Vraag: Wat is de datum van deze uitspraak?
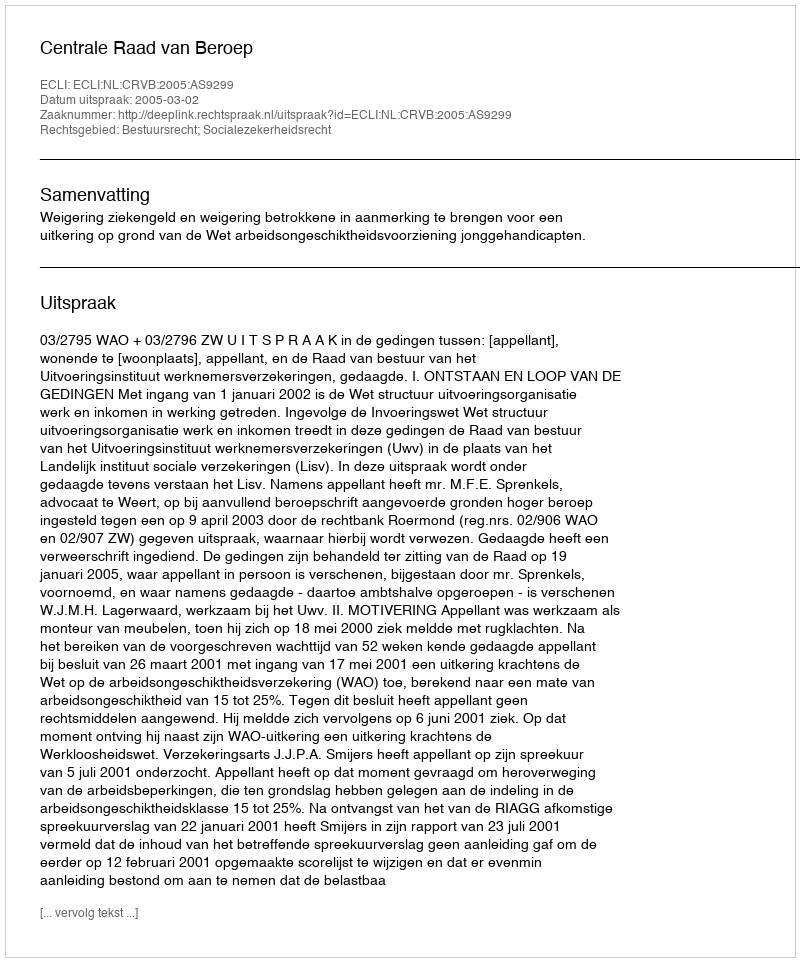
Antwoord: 2005-03-02